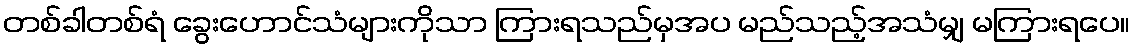
တစ်ခါတစ်ရံ ခွေးဟောင်သံများကိုသာ ကြားရသည်မှအပ မည်သည့်အသံမျှ မကြားရပေ။